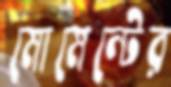
মোমেন্টের